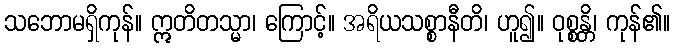
သဘောမရှိကုန်။ ဣတိတသ္မာ၊ ကြောင့်။ အရိယသစ္စာနီတိ၊ ဟူ၍။ ဝုစ္စန္တိ၊ ကုန်၏။